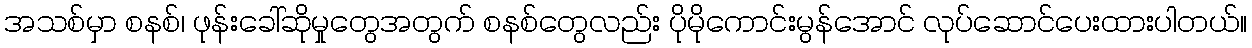
အသစ်မှာ စနစ်၊ ဖုန်းခေါ်ဆိုမှုတွေအတွက် စနစ်တွေလည်း ပိုမိုကောင်းမွန်အောင် လုပ်ဆောင်ပေးထားပါတယ်။